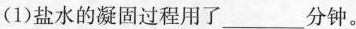
(1)盐水的凝固过程用了___分钟。